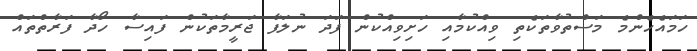
ހަމައެހެންމެ މަސްތުވާތަކެތި ވިއްކުމާއި ހަށިވިއްކުން ފަދަ ނުލަފާ ޖަރީމާތަކުން ފައިސާ ހޯދާ ފަރާތްތައް